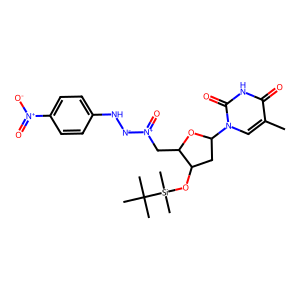
SMILES: Cc1cn(C2CC(O[Si](C)(C)C(C)(C)C)C(C[N+](=O)[N-]Nc3ccc([N+](=O)[O-])cc3)O2)c(=O)[nH]c1=O
Inhibits HIV replication: No